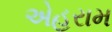
એહરામ